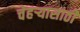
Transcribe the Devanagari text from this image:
चेहर्‍यासाठी